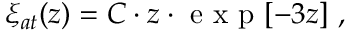
\xi _ { a t } ( z ) = C \cdot z \cdot \textrm { e x p } [ - 3 z ] ~ ,